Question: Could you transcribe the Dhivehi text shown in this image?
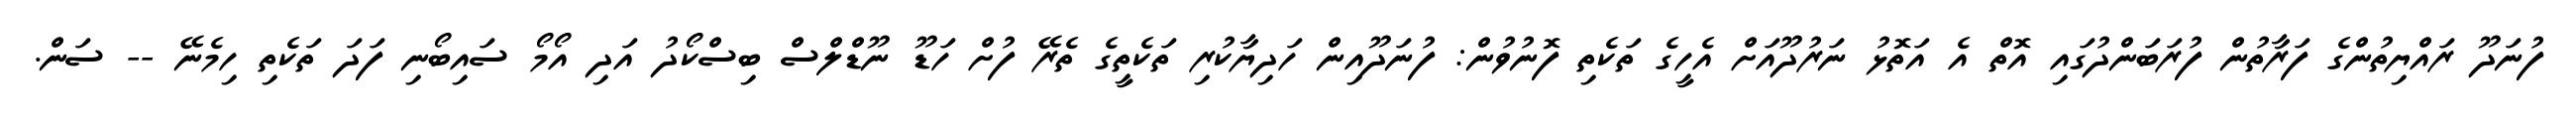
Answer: ފުނަދޫ ރައްޔިތުންގެ ފަރާތުން ފުރަބަންދުގައި އޮތް އެ އަތޮޅު ނަރުދޫއަށް އެހީގެ ތަކެތި ފޮނުވުން: ފުނަދޫއިން ހަދިޔާކުރި ތަކެތީގެ ތެރޭ ފުށް ހަޑޫ ނޫޑްލްސް ބިސްކޯދު އަދި އޯމޯ ސައިބޯނި ފަދަ ތަކެތި ހިމެނޭ -- ސަން.